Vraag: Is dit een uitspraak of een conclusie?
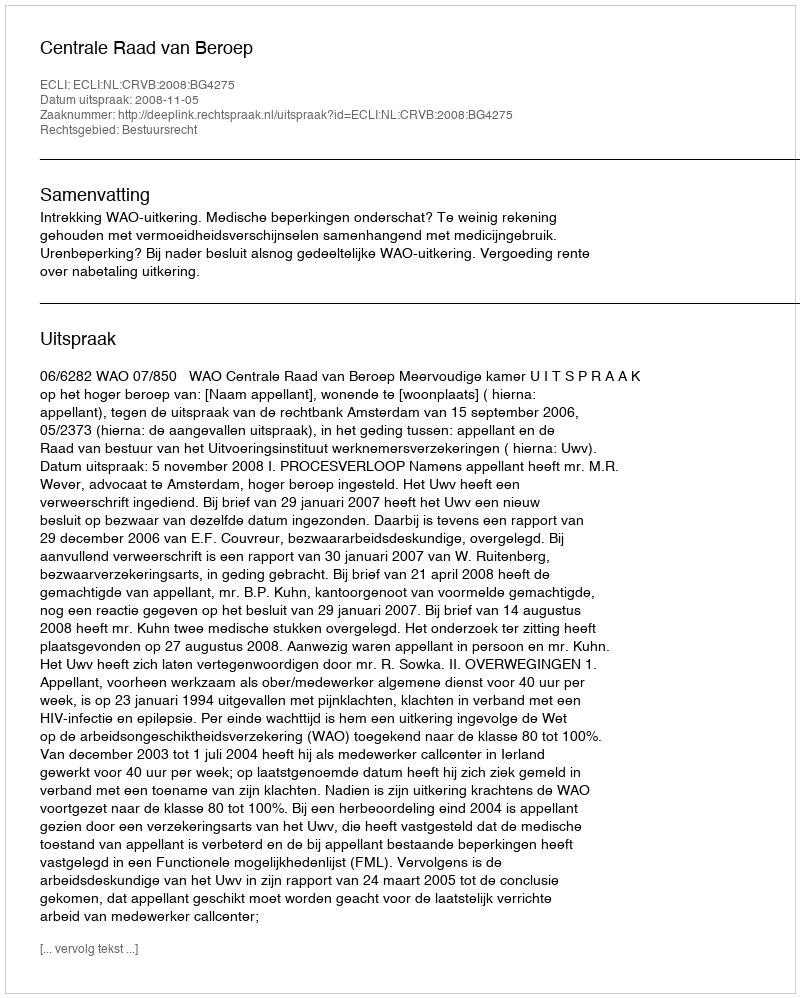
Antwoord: Uitspraak